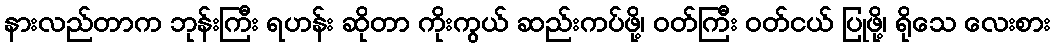
နားလည်တာက ဘုန်းကြီး ရဟန်း ဆိုတာ ကိုးကွယ် ဆည်းကပ်ဖို့၊ ဝတ်ကြီး ဝတ်ငယ် ပြုဖို့၊ ရိုသေ လေးစား